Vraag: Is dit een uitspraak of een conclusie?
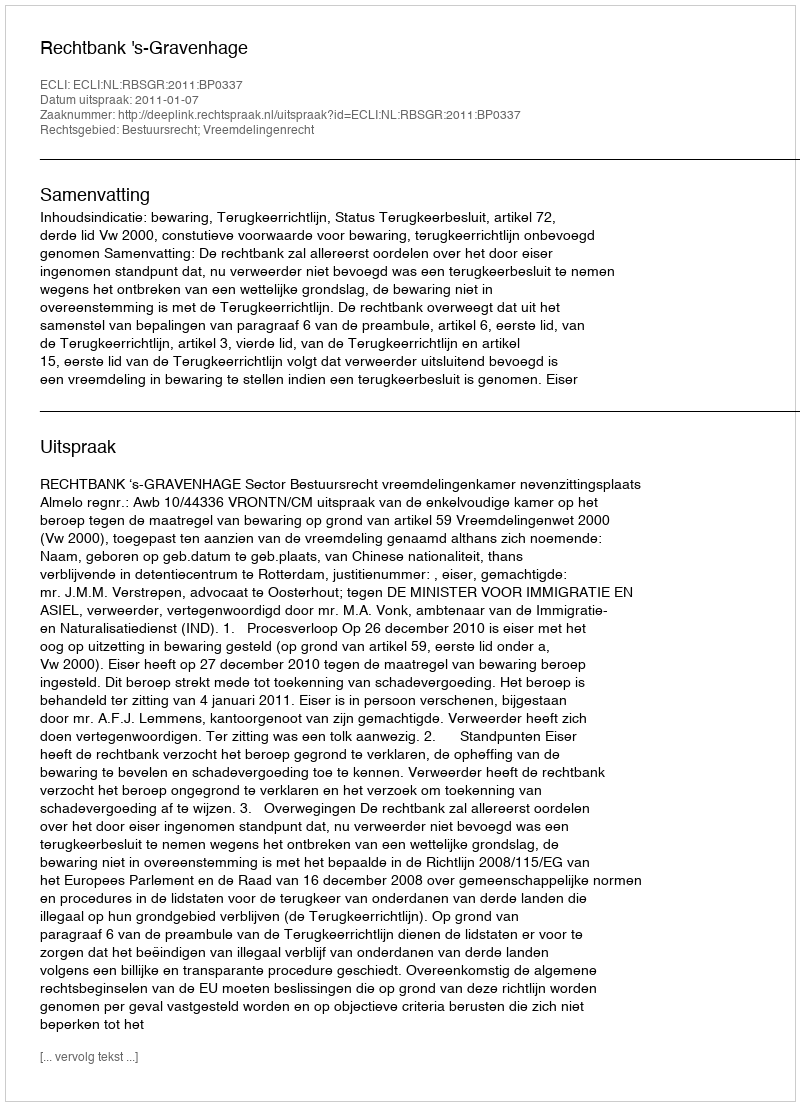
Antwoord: Uitspraak